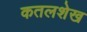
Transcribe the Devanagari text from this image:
कतलशेख